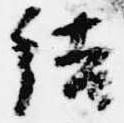
結